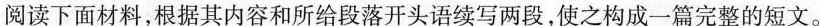
阅读下面材料,根据其内容和所给段落开头语续写两段,使之构成一篇完整的短文.